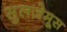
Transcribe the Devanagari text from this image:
सुलज़ेमूस